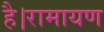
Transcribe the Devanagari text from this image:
है।रामायण